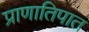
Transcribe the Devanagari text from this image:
प्राणातिपात